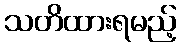
သတိထားရမည့်